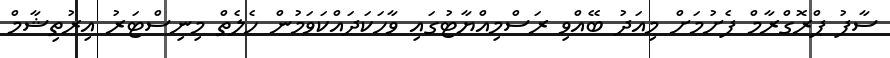
ސާފު ޕްރޮގްރާމް ފެށުމަށް މިއަދު ބޭއްވި ރަސްމިއްޔާޓުގައި ވާހަކަދައްކަވަމުން ހެލެތް މިނިސްޓަރު އިރުތިޝާމް